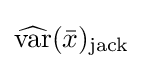
{\widehat {\operatorname {var} }}({\bar {x}})_{\mathrm {jack} }